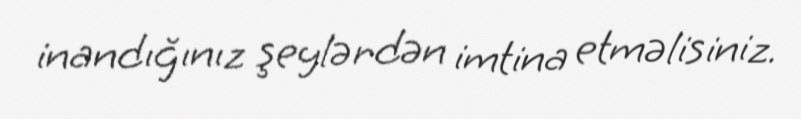
inandığınız şeylərdən imtina etməlisiniz.